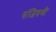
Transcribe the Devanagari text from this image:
संजिवणी